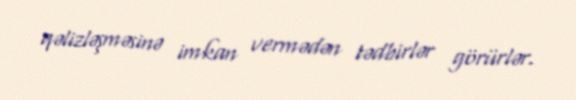
qəlizləşməsinə imkan vermədən tədbirlər görürlər.